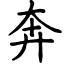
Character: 奔